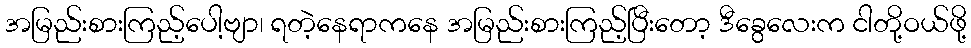
အမြည်းစားကြည့်ပေါ့ဗျာ၊ ရတဲ့နေရာကနေ အမြည်းစားကြည့်ပြီးတော့ ဒီခွေလေးက ငါတို့ဝယ်ဖို့